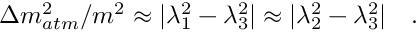
\Delta m _ { a t m } ^ { 2 } / m ^ { 2 } \approx | \lambda _ { 1 } ^ { 2 } - \lambda _ { 3 } ^ { 2 } | \approx | \lambda _ { 2 } ^ { 2 } - \lambda _ { 3 } ^ { 2 } | \quad .